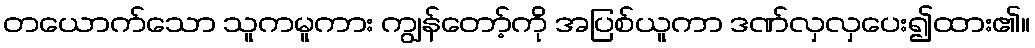
တယောက်သော သူကမူကား ကျွန်တော့်ကို အပြစ်ယူကာ ဒဏ်လှလှပေး၍ထား၏။